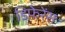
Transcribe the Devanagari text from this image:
डिफेरेंस